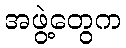
အဖွဲ့တွေက